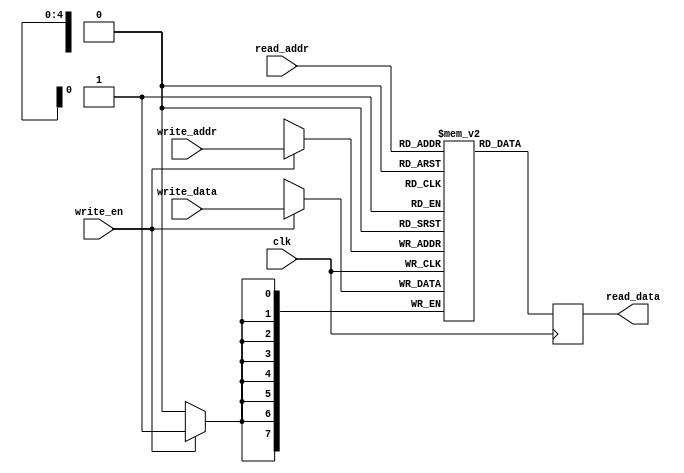
module register_file (
  input wire clk,
  input wire [4:0] read_addr,
  input wire [4:0] write_addr,
  input wire write_en,
  input wire [7:0] write_data,
  output reg [7:0] read_data
);

reg [7:0] registers [31:0];

always @ (posedge clk) begin
  if (write_en) begin
    registers[write_addr] <= write_data;
  end
  read_data <= registers[read_addr];
end

endmodule